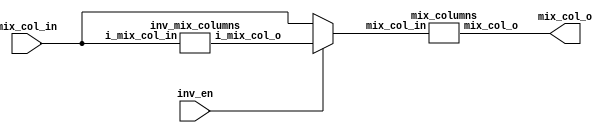
`timescale 1ns/1ns

// Inverse Mix Columns
module mix_columns_mix (
    output [4*8 - 1 : 0] mix_col_o,
    input [4*8 - 1 : 0] mix_col_in,
    input inv_en
);
    wire [4*8 - 1 : 0] imc_o;
    wire [4*8 - 1 : 0] mc_in;
    assign mc_in = (inv_en == 1'b0) ? mix_col_in : imc_o; 
    inv_mix_columns imc (.i_mix_col_o(imc_o), .i_mix_col_in(mix_col_in));
    mix_columns mc(.mix_col_o(mix_col_o), .mix_col_in(mc_in));
    
endmodule

module mix_columns (
    output [4*8 - 1 : 0] mix_col_o,
    input [4*8 - 1 : 0] mix_col_in
);

    wire [7:0] mix_col_in_2d [0:3];

    // Matrix Convert
    assign mix_col_in_2d[3] = mix_col_in[7:0];
    assign mix_col_in_2d[2] = mix_col_in[15:8];
    assign mix_col_in_2d[1] = mix_col_in[23:16];
    assign mix_col_in_2d[0] = mix_col_in[31:24];

    //Mix One Column
    function [7:0] xtime;
    input [7:0] a;
    begin
        if (a[7] == 1'b1)  
        xtime = (a << 1) ^ 8'h1b;
        else
        xtime = a << 1;
    end
    endfunction

    wire [7:0] t = mix_col_in_2d[0] ^ mix_col_in_2d[1] ^ mix_col_in_2d[2] ^ mix_col_in_2d[3];
    wire [7:0] u = mix_col_in_2d[0];

    assign mix_col_o[31:24] = mix_col_in_2d[0] ^ t ^ xtime(mix_col_in_2d[0] ^ mix_col_in_2d[1]); 
    assign mix_col_o[23:16] = mix_col_in_2d[1] ^ t ^ xtime(mix_col_in_2d[1] ^ mix_col_in_2d[2]);
    assign mix_col_o[15:8] = mix_col_in_2d[2] ^ t ^ xtime(mix_col_in_2d[2] ^ mix_col_in_2d[3]);
    assign mix_col_o[7:0] = mix_col_in_2d[3] ^ t ^ xtime(mix_col_in_2d[3] ^ u);
    
endmodule

// Use this module before mixcolumns when INV-version
module inv_mix_columns (
    output [4*8 - 1 : 0] i_mix_col_o,
    input [4*8 - 1 : 0] i_mix_col_in
);

    wire [7:0] mix_col_in_2d [0:3];

    // Matrix Convert
    assign mix_col_in_2d[3] = i_mix_col_in[7:0];
    assign mix_col_in_2d[2] = i_mix_col_in[15:8];
    assign mix_col_in_2d[1] = i_mix_col_in[23:16];
    assign mix_col_in_2d[0] = i_mix_col_in[31:24];

    //Mix One Column
    function [7:0] xtime;
    input [7:0] a;
    begin
        if (a[7] == 1'b1)  
        xtime = (a << 1) ^ 8'h1b;
        else
        xtime = a << 1;
    end
    endfunction

    wire [7:0] u, v, u_temp, v_temp;
    assign u_temp = xtime(mix_col_in_2d[0] ^ mix_col_in_2d[2]);
    assign u = xtime(u_temp);
    assign v_temp = xtime(mix_col_in_2d[1] ^ mix_col_in_2d[3]);
    assign v = xtime(v_temp);

    assign i_mix_col_o[31:24] = mix_col_in_2d[0] ^ u;
    assign i_mix_col_o[23:16] = mix_col_in_2d[1] ^ v;
    assign i_mix_col_o[15:8] = mix_col_in_2d[2] ^ u;
    assign i_mix_col_o[7:0] = mix_col_in_2d[3] ^ v;
    
endmodule